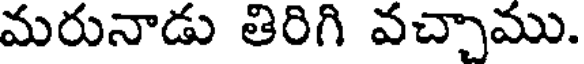
మరునాడు తిరిగి వచ్చాము.